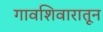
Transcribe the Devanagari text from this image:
गावशिवारातून